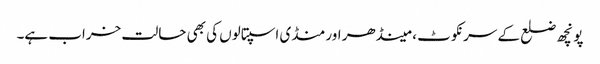
پونچھ ضلع کے سرنکوٹ ، مینڈھر اور منڈی اسپتالوں کی بھی حالت خراب ہے۔